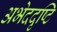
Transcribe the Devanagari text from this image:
अभेददृष्टि